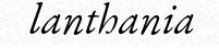
lanthania